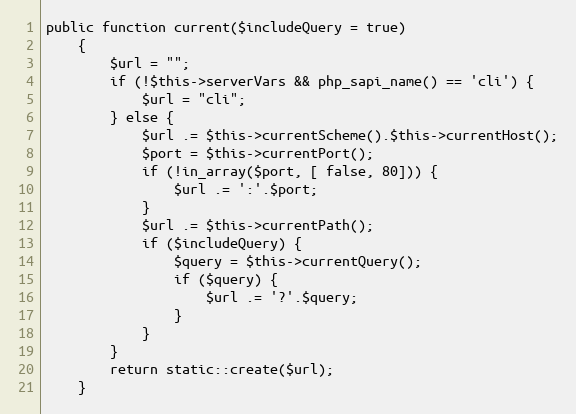
Language: PHP
public function current($includeQuery = true)
    {
        $url = "";
        if (!$this->serverVars && php_sapi_name() == 'cli') {
            $url = "cli";
        } else {
            $url .= $this->currentScheme().$this->currentHost();
            $port = $this->currentPort();
            if (!in_array($port, [ false, 80])) {
                $url .= ':'.$port;
            }
            $url .= $this->currentPath();
            if ($includeQuery) {
                $query = $this->currentQuery();
                if ($query) {
                    $url .= '?'.$query;
                }
            }
        }
        return static::create($url);
    }